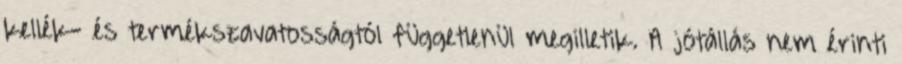
kellék- és termékszavatosságtól függetlenül megilletik. A jótállás nem érinti